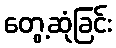
တွေ့ဆုံခြင်း